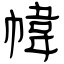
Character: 幃